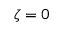
\zeta = 0